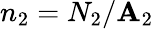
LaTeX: n_{2}=N_{2}/\mathbf{A}_{2}